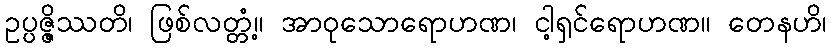
ဥပ္ပဇ္ဇိဿတိ၊ ဖြစ်လတ္တံ့။ အာဝုသောရောဟဏ၊ ငါ့ရှင်ရောဟဏ။ တေနဟိ၊